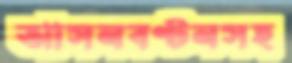
আসনবণ্টনসহ